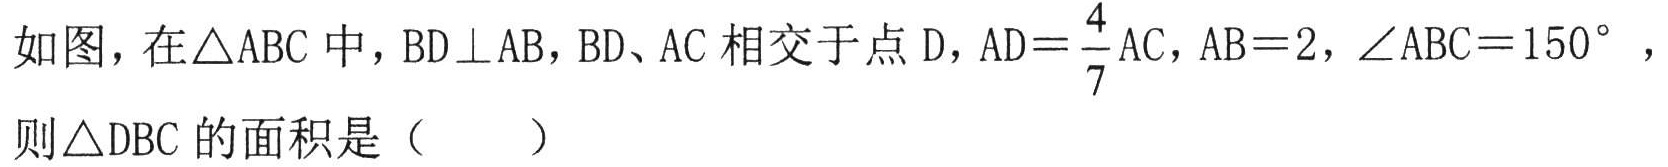
如图，在\(\triangle ABC\)中，\(BD\perp AB\)，\(BD\)、\(AC\)相交于点\(D\)，\(AD = \frac{4}{7}AC\)，\(AB = 2\)，\(\angle ABC = 150^{\circ}\)，
则\(\triangle DBC\)的面积是（  ）